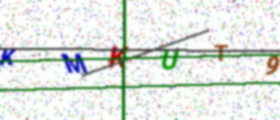
Text: KMKUT9